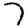
Digit: 7